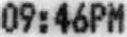
09:46PM